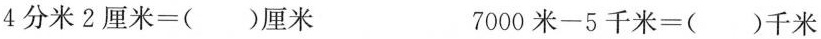
$$4分米2厘米=()厘米$$ $$7000米-5千米=()千米$$